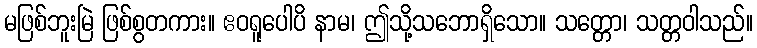
မဖြစ်ဘူးမြဲ ဖြစ်စွတကား။ ဧဝရူပေါပိ နာမ၊ ဤသို့သဘောရှိသော။ သတ္တော၊ သတ္တဝါသည်။